Trukikaitis_Postimees, lk 25
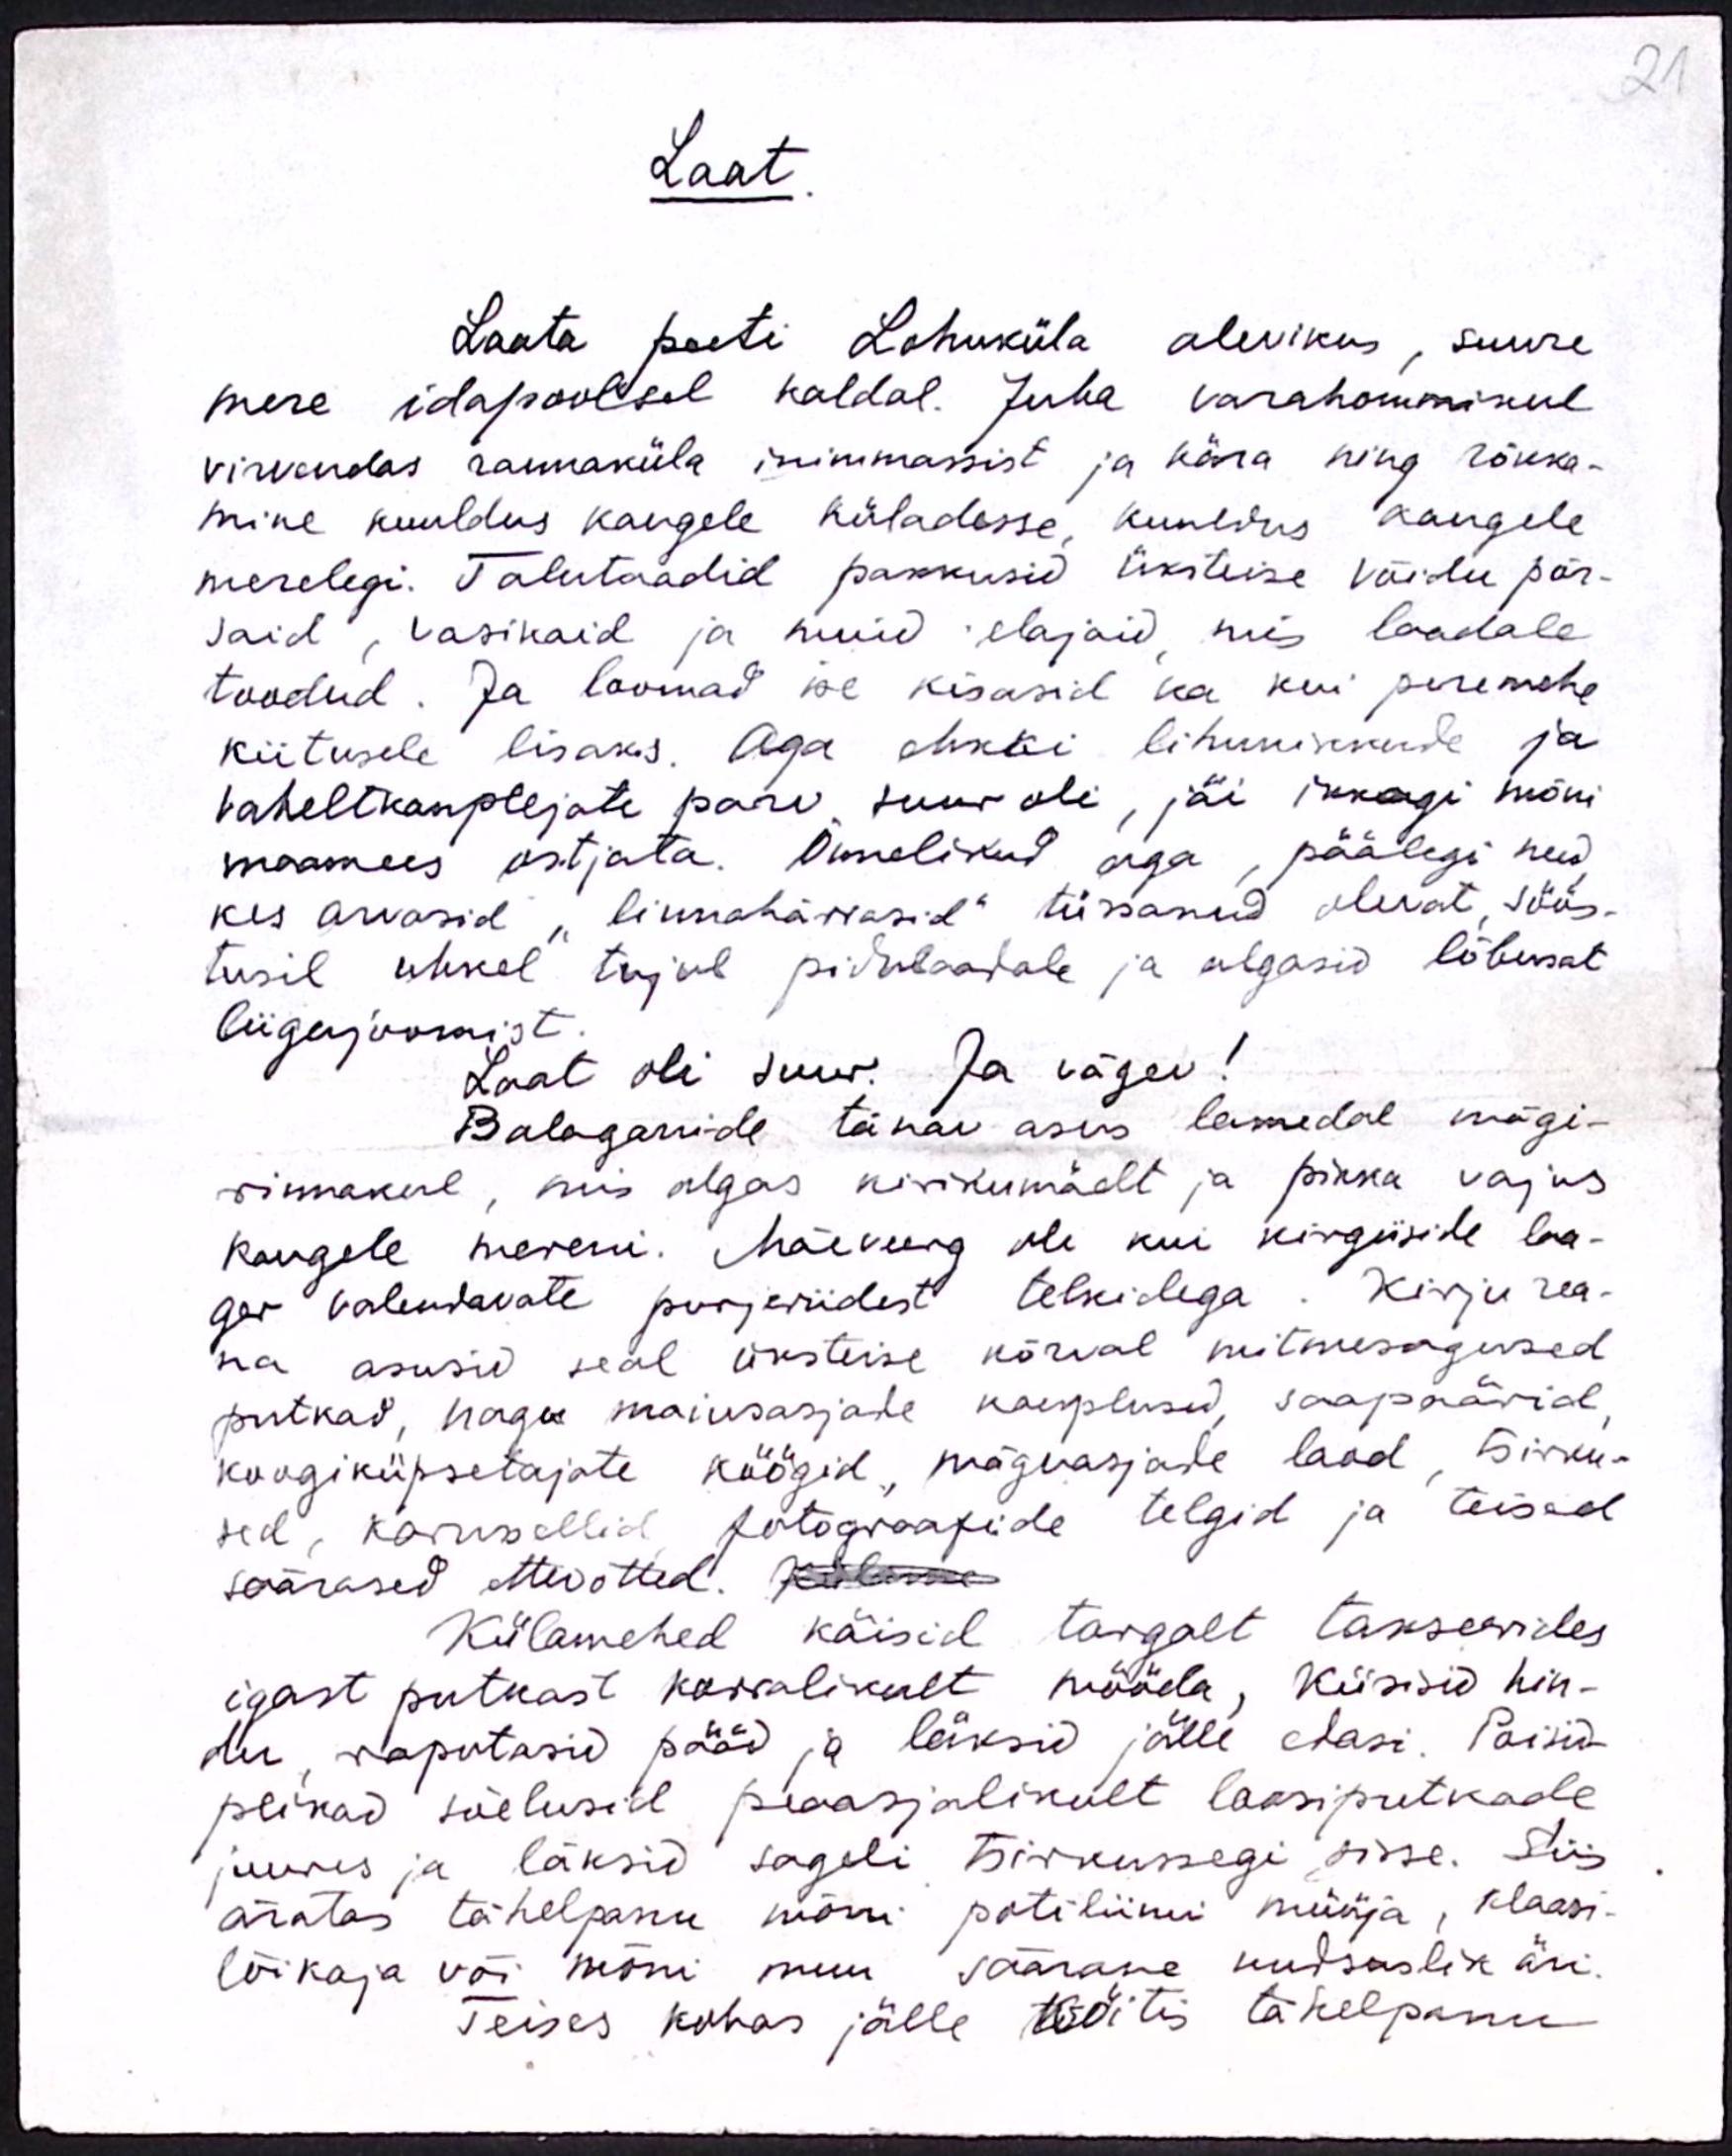
21

Laat.
Laata peeti Lohuküla alevikus, suure
mere idapoolsel kaldal. Juba varahommikul
virvendas rannaküla inimmasist ja kära ning rõkka-
mine kuuldus kaugele küladesse, kuuldus kaugele
merelegi. Talutaadid pakkusid üksteise võidu põr-
said, vasikaid ja muid elajaid, mis laadale
toodud. Ja loomad ise kisasid ka kui peremehe
kiitusele lisaks. Aga ehkki lihunikkude ja
vaheltkauplejate parv suur oli, jäi ikkagi mõni
maamees ostjata. Õnnelikud aga, päälegi need
kes arvasid "linnahärrasid" tüssanud olevat, söös-
tusil uhkel tujul pidulaadale ja algasid lõbusat
liigujoomist.
Laat oli suur. Ja vägev!
Balaganide tänav asus lamedal mägi-
rinnakul, mis algas kirikumäelt ja pikka vajus
kaugele mereni. Mäeveerg oli kui kirgiiside laa-
ger valendavate purjeriidest telkidega. Kirju rea-
na asusid seal üksteise kõrval mitmesugused
putkad, hagi maiusasjade kauplused, saapaärid,
koogiküpsetajate köögid, mäguasjade laod, tsirku-
sed, karussellid, fotograafide telgid ja teised
säärased ettevõtted. Külame
Külamehed käisid targalt takseerides
igast putkast korralikult mööda, küsisid hin-
du, raputasid pääd ja läksid jälle edasi. Poisid-
plikad sõelusid peaasjalikult loosiputkade
juures ja läksid sageli tsirkussegi sisse. Siis
äratas tähelepanu mõni potiliimi müüja, klaasi-
lõikaja või mõni muu säärane uudsaslik äri.
Teises kohas jälle köitis tähelpanu